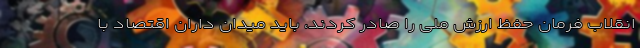
انقلاب فرمان حفظ ارزش ملی را صادر کردند، باید میدان داران اقتصاد با